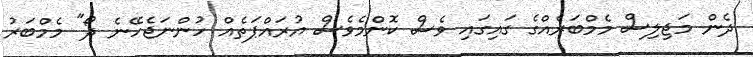
ދެން މަޖިލިސް މެމްބަރެއްގެ ގައިގައި ވެސް ކޮންމެވެސް އުރައްޕަތެއް ހުންނަޖެހޭނެ ދޯ" މެމްބަރު